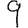
Digit: 9